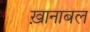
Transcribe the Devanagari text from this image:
ख़ानाबल